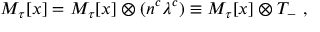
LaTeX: M _ { \tau } [ x ] = { \cal M } _ { \tau } [ x ] \otimes ( n ^ { c } \lambda ^ { c } ) \equiv { \cal M } _ { \tau } [ x ] \otimes { \cal T } _ { - } \ ,